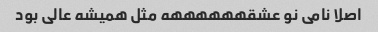
اصلا نامی نو عشقههههههه مثل همیشه عالی بود